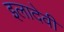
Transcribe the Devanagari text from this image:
इलादेवी